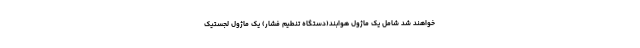
خواهند شد شامل یک ماژول هوابند(دستگاه تنطیم فشار) یک ماژول لجستیک